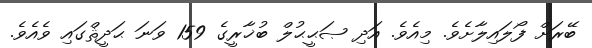
ބޭރަށް ފޯލައިލާށެވެ. މިއެވެ. އަދި ޞަޙީޙުލް ބުޚާރީގެ 159 ވަނަ ޙަދީޘްގައި ވެއެވެ.